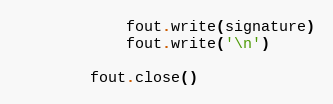
Language: Python
            fout.write(signature)
            fout.write('\n')

        fout.close()